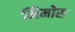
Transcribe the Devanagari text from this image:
मिमोस